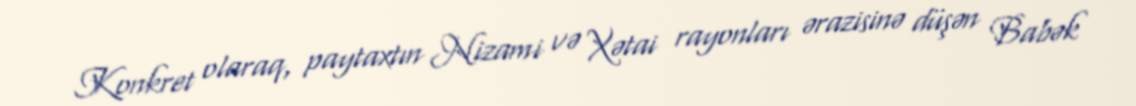
Konkret olaraq, paytaxtın Nizami və Xətai rayonları ərazisinə düşən Babək